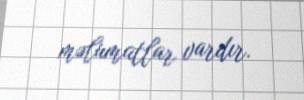
məlumatlar vardır.